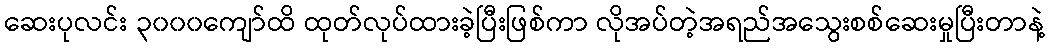
ဆေးပုလင်း ၃၀၀၀ကျော်ထိ ထုတ်လုပ်ထားခဲ့ပြီးဖြစ်ကာ လိုအပ်တဲ့အရည်အသွေးစစ်ဆေးမှုပြီးတာနဲ့